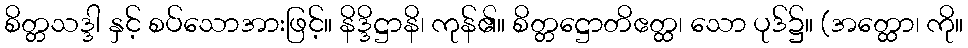
စိတ္တသဒ္ဒါ နှင့် စပ်သောအားဖြင့်။ နိဒ္ဒိဋ္ဌာနိ၊ ကုန်၏။ စိတ္တဋ္ဌောတိဧတ္ထ၊ သော ပုဒ်၌။ (အတ္ထော၊ ကို။